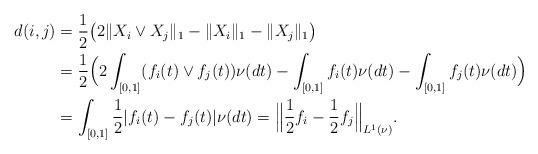
LaTeX: \begin{align*}d(i,j)&= \frac{1}{2}\big(2\|X_i\vee X_j\|_1-\|X_i\|_1-\|X_j\|_1\big)\\&= \frac{1}{2}\Big(2\int_{[0,1]} (f_i(t)\vee f_j(t)) \nu(dt)-\int_{[0,1]} f_i(t) \nu(dt)-\int_{[0,1]} f_j(t) \nu(dt)\Big)\\&= \int_{[0,1]}\frac{1}{2} |f_i(t)- f_j(t)| \nu(dt) = \Big\|\frac{1}{2}f_i-\frac{1}{2}f_j\Big\|_{L^1(\nu)}.\end{align*}